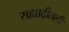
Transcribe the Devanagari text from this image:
सह्याद्रीतली